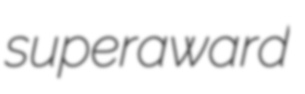
superaward